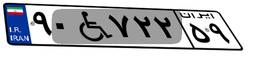
۰۴W۳۷۰۰۱